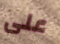
على